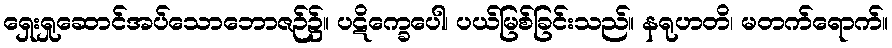
ရှေးရှုဆောင်အပ်သောဘောဇဉ်၌။ ပဋိက္ခေပေါ၊ ပယ်မြစ်ခြင်းသည်။ နရုဟတိ၊ မတက်ရောက်။